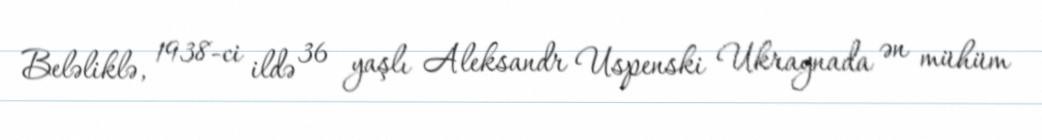
Beləliklə, 1938-ci ildə 36 yaşlı Aleksandr Uspenski Ukraynada ən mühüm